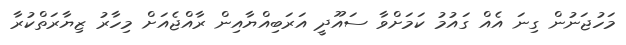
މަހުޖަނުން ގިނަ އެއް ގައުމު ކަމަށްވާ ސައޫދީ އަރަބިއްޔާއިން ރާއްޖެއަށް މިހާރު ޒިޔާރަތްކުރާ